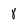
Character: 8